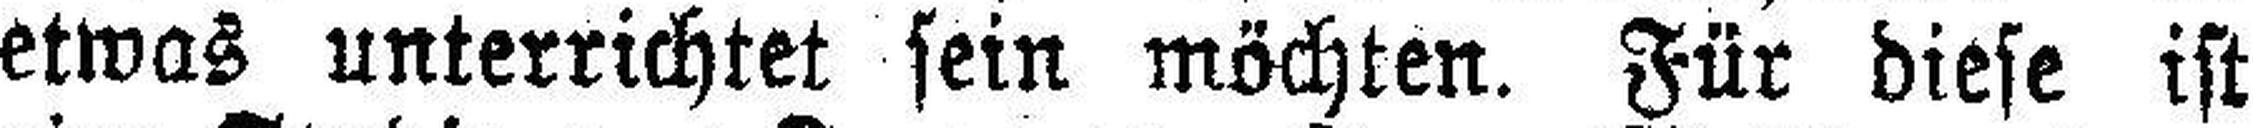
etwas unterrichtet sein möchten. Für diese ist